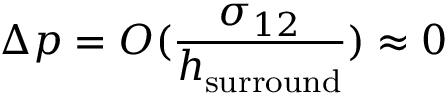
\Delta p = O ( \frac { \sigma _ { 1 2 } } { h _ { \mathrm { { s u r r o u n d } } } } ) \approx 0